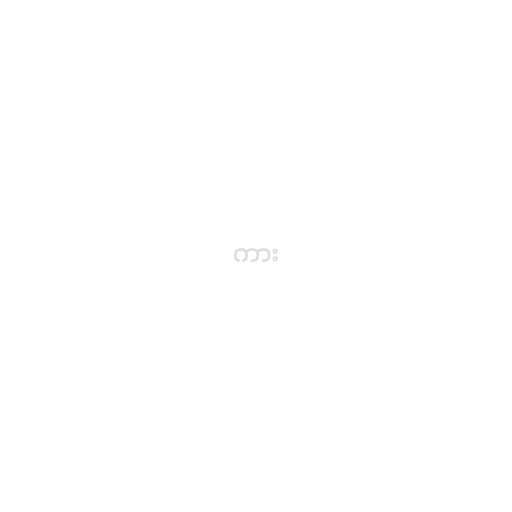
ကား